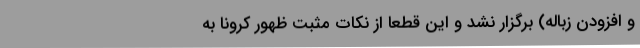
و افزودن زباله) برگزار نشد و این قطعاً از نکات مثبت ظهور کرونا به